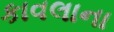
કાવલાના